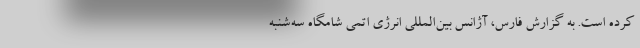
کرده است. به گزارش فارس، آژانس بین‌المللی انرژی اتمی شامگاه سه‌شنبه